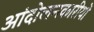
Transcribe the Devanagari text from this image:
आंदोलनकारीयों